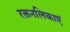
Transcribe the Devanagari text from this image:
रक्तनलिकाएं